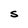
Character: S